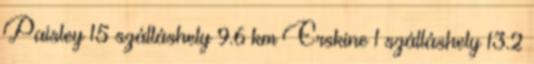
Paisley 15 szálláshely 9.6 km Erskine 1 szálláshely 13.2